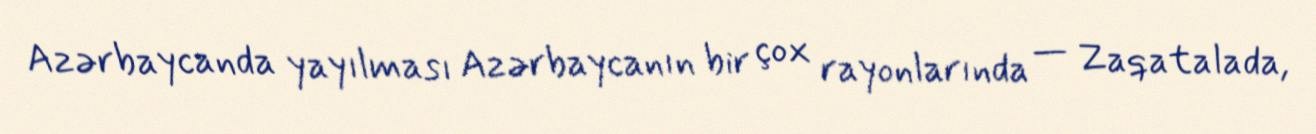
Azərbaycanda yayılması Azərbaycanın bir çox rayonlarında — Zaqatalada,